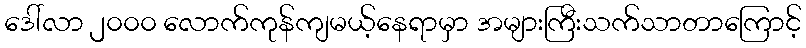
ဒေါ်လာ ၂၀၀၀ လောက်ကုန်ကျမယ့်နေရာမှာ အများကြီးသက်သာတာကြောင့်